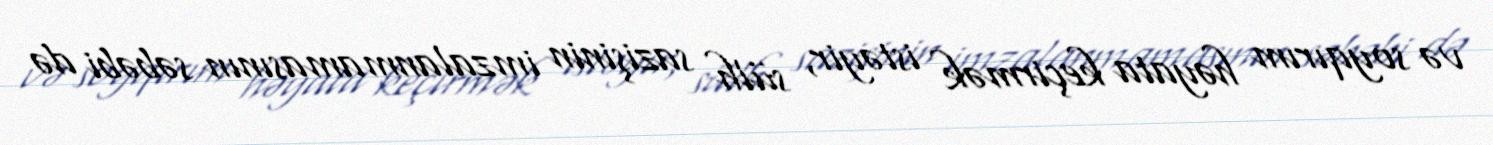
və soyqırım həyata keçirmək istəyir, sülh sazişinin imzalanmamasının səbəbi də